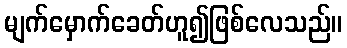
မျက်မှောက်ခေတ်ဟူ၍ဖြစ်လေသည်။